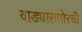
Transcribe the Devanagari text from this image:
वाड्यासमोरची